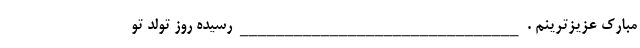
مبارک عزیزترینم . _______________________________ رسیده روز تولد تو